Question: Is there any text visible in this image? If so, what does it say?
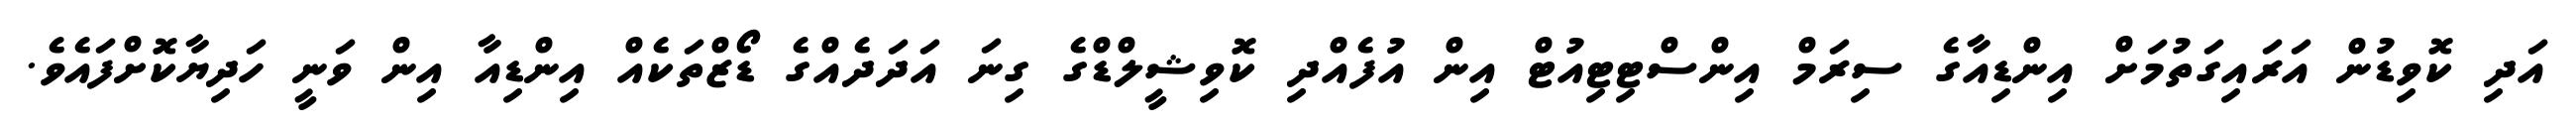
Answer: އަދި ކޮވިޑުން އަރައިގަތުމަށް އިންޑިއާގެ ސިރަމް އިންސްޓިޓިއުޓް އިން އުފެއްދި ކޮވިޝީލްޑްގެ ގިނަ އަދަދެއްގެ ޑޯޒްތަކެއް އިންޑިއާ އިން ވަނީ ހަދިޔާކޮށްފައެވެ.